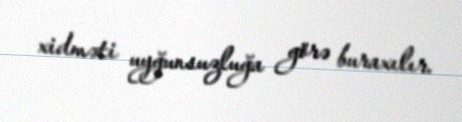
xidməti uyğunsuzluğa görə buraxılır.